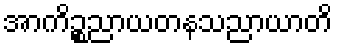
အာကိဉ္စညာယတနသညာယာတိ